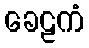
ခေဠကံ